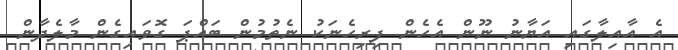
އެ އާއިލާގައި އަޔާނު ނޫން އެހެން ފިރިހެނަކު ނެތުމުން ބައްޕަ ގޮވައިގެން މާލެދާން